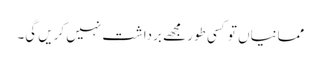
ممانیاں تو کسی طور مجھے برداشت نہیں کریں گی۔